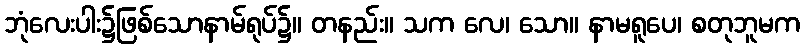
ဘုံလေးပါး၌ဖြစ်သောနာမ်ရုပ်၌။ တနည်း။ သက လေ၊ သော။ နာမရူပေ၊ စတုဘူမက